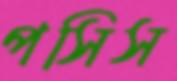
পসিস